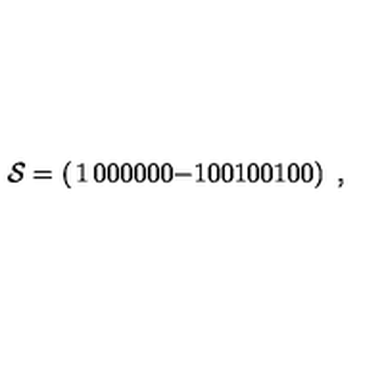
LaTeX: { \cal S } = \left( \begin{matrix} { 1 } & { 0 } & { 0 } & { 0 } \\ { 0 } & { 0 } & { 0 } & { - 1 } \\ { 0 } & { 0 } & { 1 } & { 0 } \\ { 0 } & { 1 } & { 0 } & { 0 } \\ \end{matrix} \right) \ ,